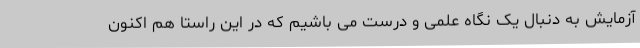
آزمایش به دنبال یک نگاه علمی و درست می باشیم که در این راستا هم اکنون